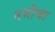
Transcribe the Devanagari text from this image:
नभीचा